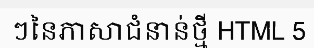
ៗនៃភាសាជំនាន់ថ្មី HTML 5